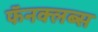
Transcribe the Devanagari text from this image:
फॅनक्लब्स